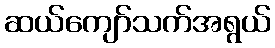
ဆယ်ကျော်သက်အရွယ်